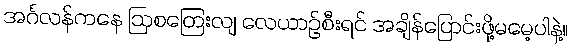
အင်္ဂလန်ကနေ ဩစတြေးလျ လေယာဉ်စီးရင် အချိန်ပြောင်းဖို့မမေ့ပါနဲ့။